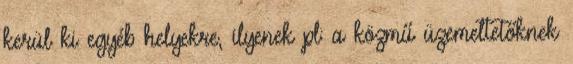
kerül ki egyéb helyekre, ilyenek pl: a közmű üzemeltetőknek